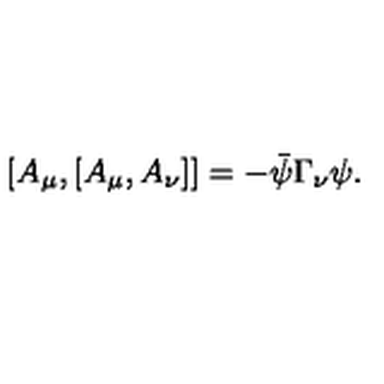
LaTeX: [ A _ { \mu } , [ A _ { \mu } , A _ { \nu } ] ] = - \bar { \psi } \Gamma _ { \nu } \psi .